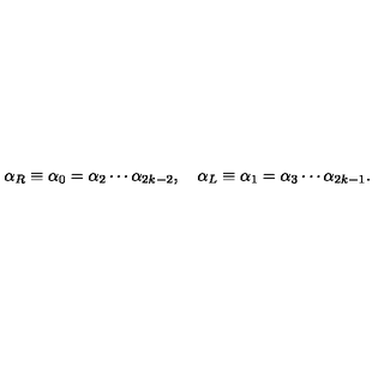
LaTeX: \alpha _ { R } \equiv \alpha _ { 0 } = \alpha _ { 2 } \cdots \alpha _ { 2 k - 2 } , \quad \alpha _ { L } \equiv \alpha _ { 1 } = \alpha _ { 3 } \cdots \alpha _ { 2 k - 1 } .